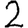
Digit: 2